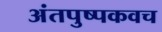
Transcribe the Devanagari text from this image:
अंतपुष्पकवच